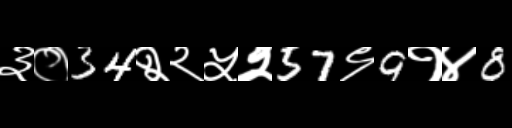
Text: ३०34२२५२57९9१४8